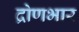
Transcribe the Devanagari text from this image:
द्रोणभार